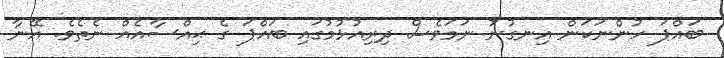
ބައްޕަ ހުންނަކަން އިނގުނު ނަމަވެސް ދިރިއުޅުމުގައި ބައްޕަ ގެ ޙިއްސާއެއް ނެތެވެ. އޭނާ